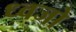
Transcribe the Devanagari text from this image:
ध्वजो